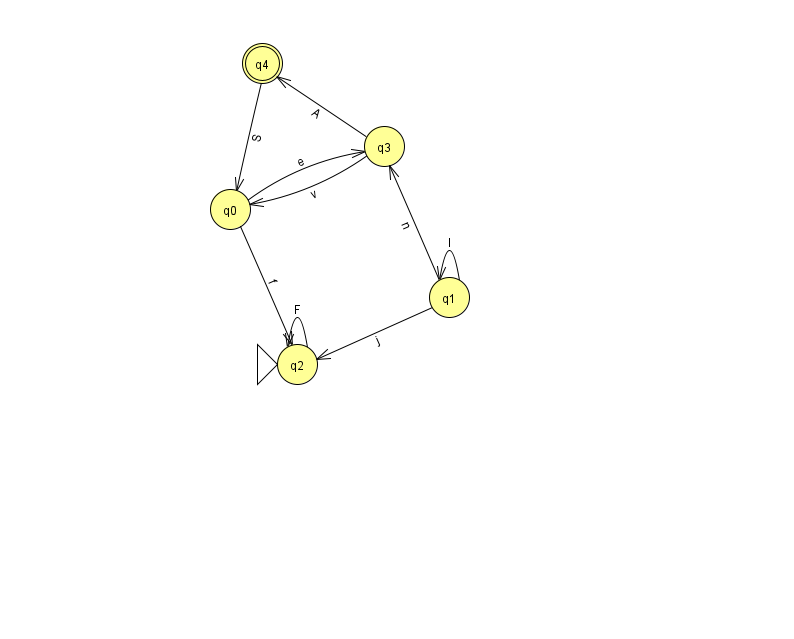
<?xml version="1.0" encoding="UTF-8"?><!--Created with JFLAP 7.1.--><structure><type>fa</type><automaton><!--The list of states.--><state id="0" name="q0"><x>230.0</x><y>196.0</y></state><state id="1" name="q1"><x>449.0</x><y>284.0</y></state><state id="2" name="q2"><x>297.0</x><y>351.0</y><initial/></state><state id="3" name="q3"><x>384.0</x><y>133.0</y></state><state id="4" name="q4"><x>262.0</x><y>50.0</y><final/></state><!--The list of transitions.--><transition><from>1</from><to>2</to><read>j</read></transition><transition><from>3</from><to>4</to><read>A</read></transition><transition><from>0</from><to>2</to><read>f</read></transition><transition><from>2</from><to>2</to><read>F</read></transition><transition><from>4</from><to>0</to><read>S</read></transition><transition><from>1</from><to>1</to><read>l</read></transition><transition><from>1</from><to>3</to><read>n</read></transition><transition><from>0</from><to>3</to><read>e</read></transition><transition><from>3</from><to>0</to><read>v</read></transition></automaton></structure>